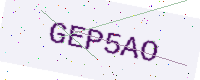
Text: GEP5AO